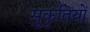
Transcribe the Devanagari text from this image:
सुकृतियों